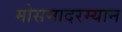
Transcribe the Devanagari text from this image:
मोसमादरम्यान